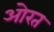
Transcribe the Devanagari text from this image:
ओरत